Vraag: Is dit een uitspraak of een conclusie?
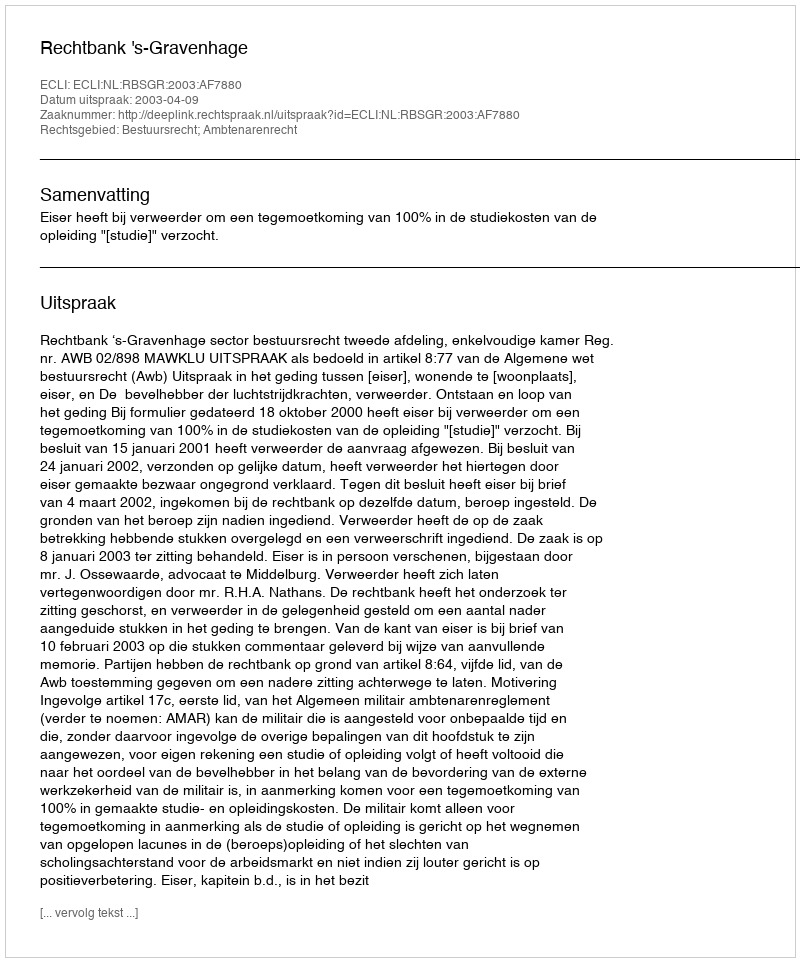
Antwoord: Uitspraak